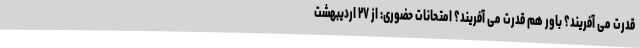
قدرت می آفریند؟ باور هم قدرت می آفریند؟ امتحانات حضوری: از ۲۷ اردیبهشت